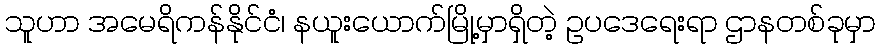
သူဟာ အမေရိကန်နိုင်ငံ၊ နယူးယောက်မြို့မှာရှိတဲ့ ဥပဒေရေးရာ ဌာနတစ်ခုမှာ